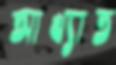
আখ্যাত